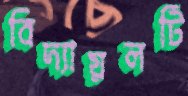
বিদ্যায়লটি